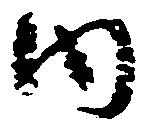
内